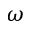
\omega